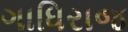
ગાધિરાજ